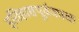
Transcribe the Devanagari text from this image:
इतिहासपूर्वकाळ